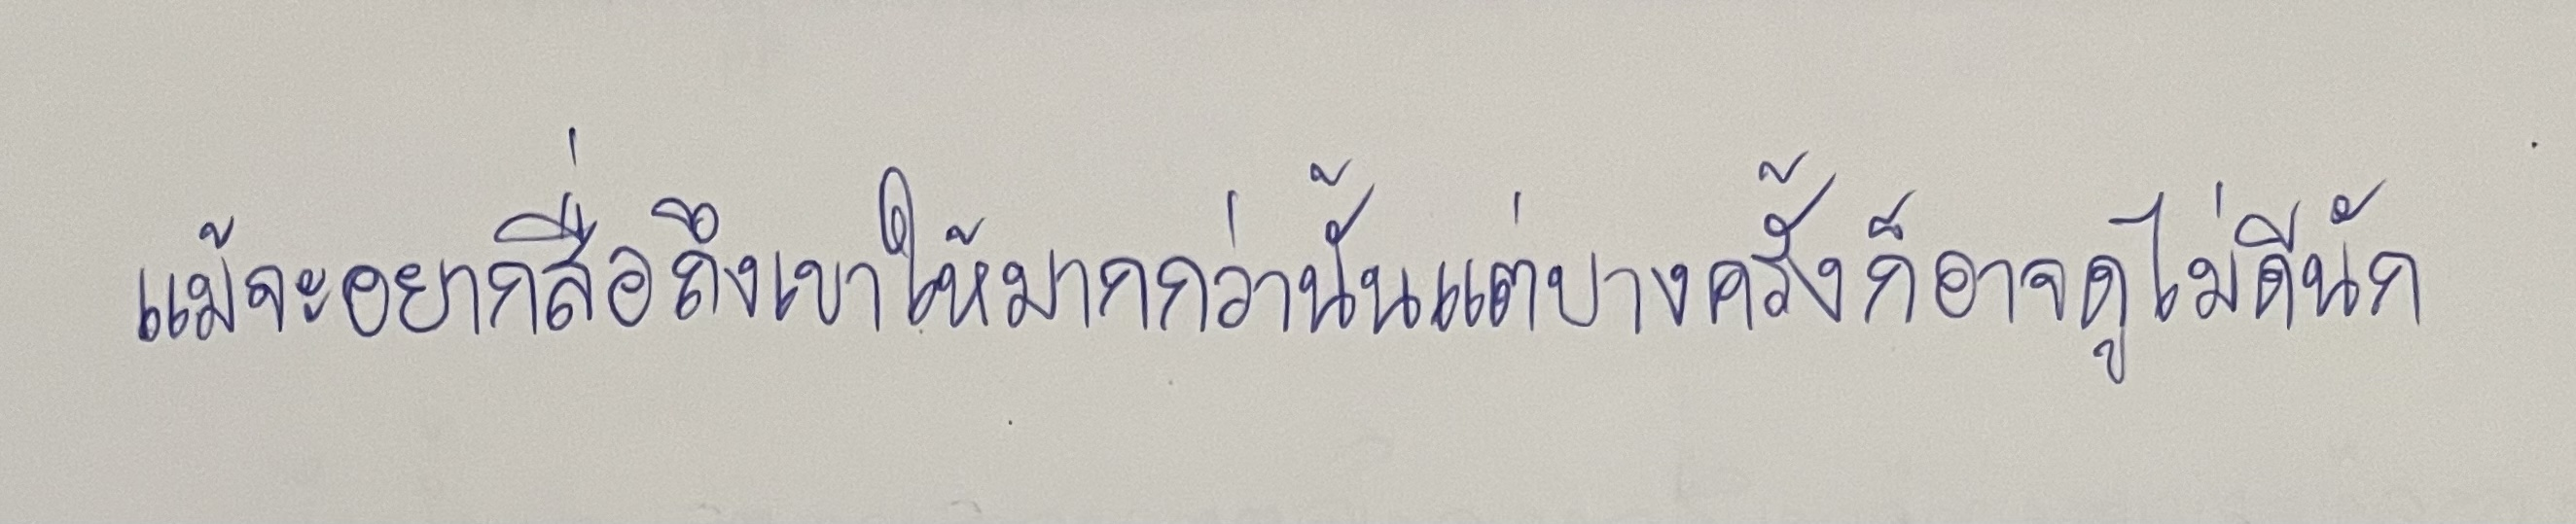
แม้จะอยากสื่อถึงเขาให้มากกว่านั้นแต่บางครั้งก็อาจดูไม่ดีนัก